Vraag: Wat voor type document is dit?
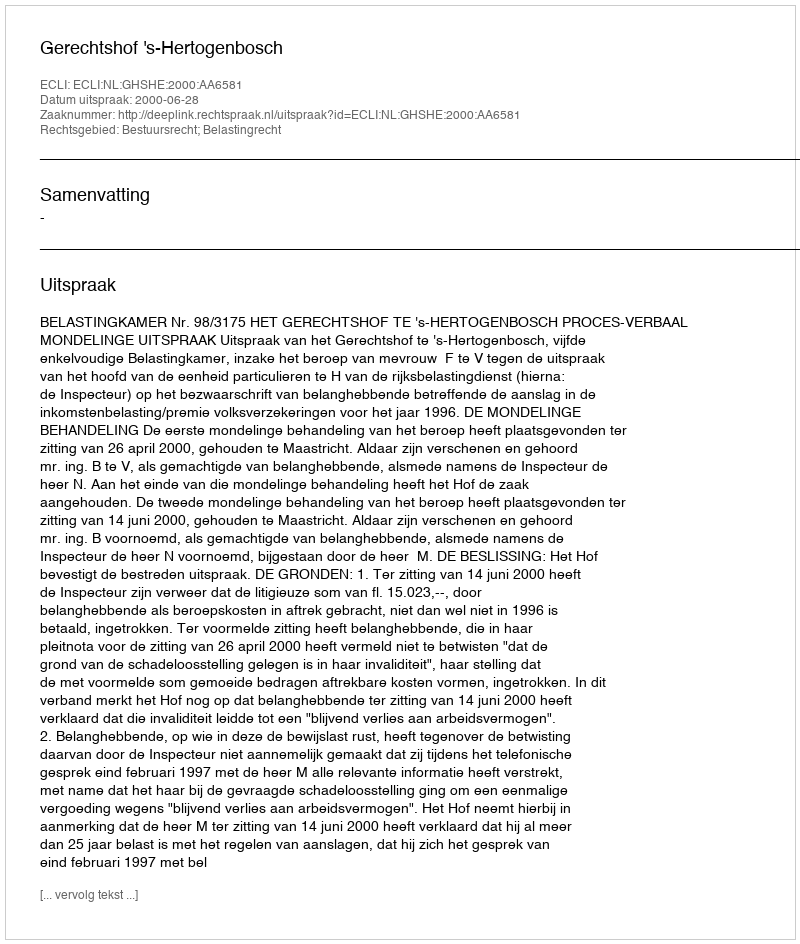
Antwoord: Uitspraak